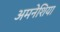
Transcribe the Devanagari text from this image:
अमनेशिया